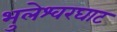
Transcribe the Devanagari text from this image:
भुलेश्वरघाट